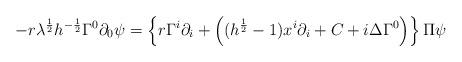
LaTeX: \begin{align*}-r\lambda^{\frac{1}{2}}h^{-\frac{1}{2}}\Gamma^0\partial_0\psi = \left\{ r\Gamma^i\partial_i+\left( (h^{\frac{1}{2}}-1)x^i\partial_i+C+i\Delta\Gamma^0\right) \right\}\Pi\psi \end{align*}